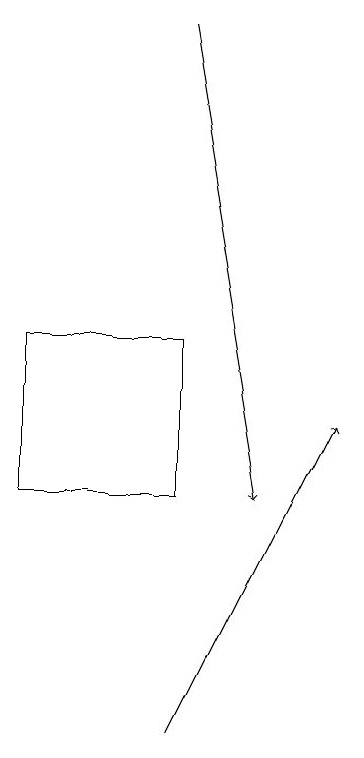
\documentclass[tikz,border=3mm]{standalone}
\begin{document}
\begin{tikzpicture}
\draw[->] (7,10) -- (9,14);
\draw (7,13) rectangle (5,15);
\draw[->] (7,19) -- (8,13);
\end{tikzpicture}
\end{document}